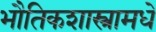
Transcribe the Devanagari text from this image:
भौतिकशास्त्रामधे